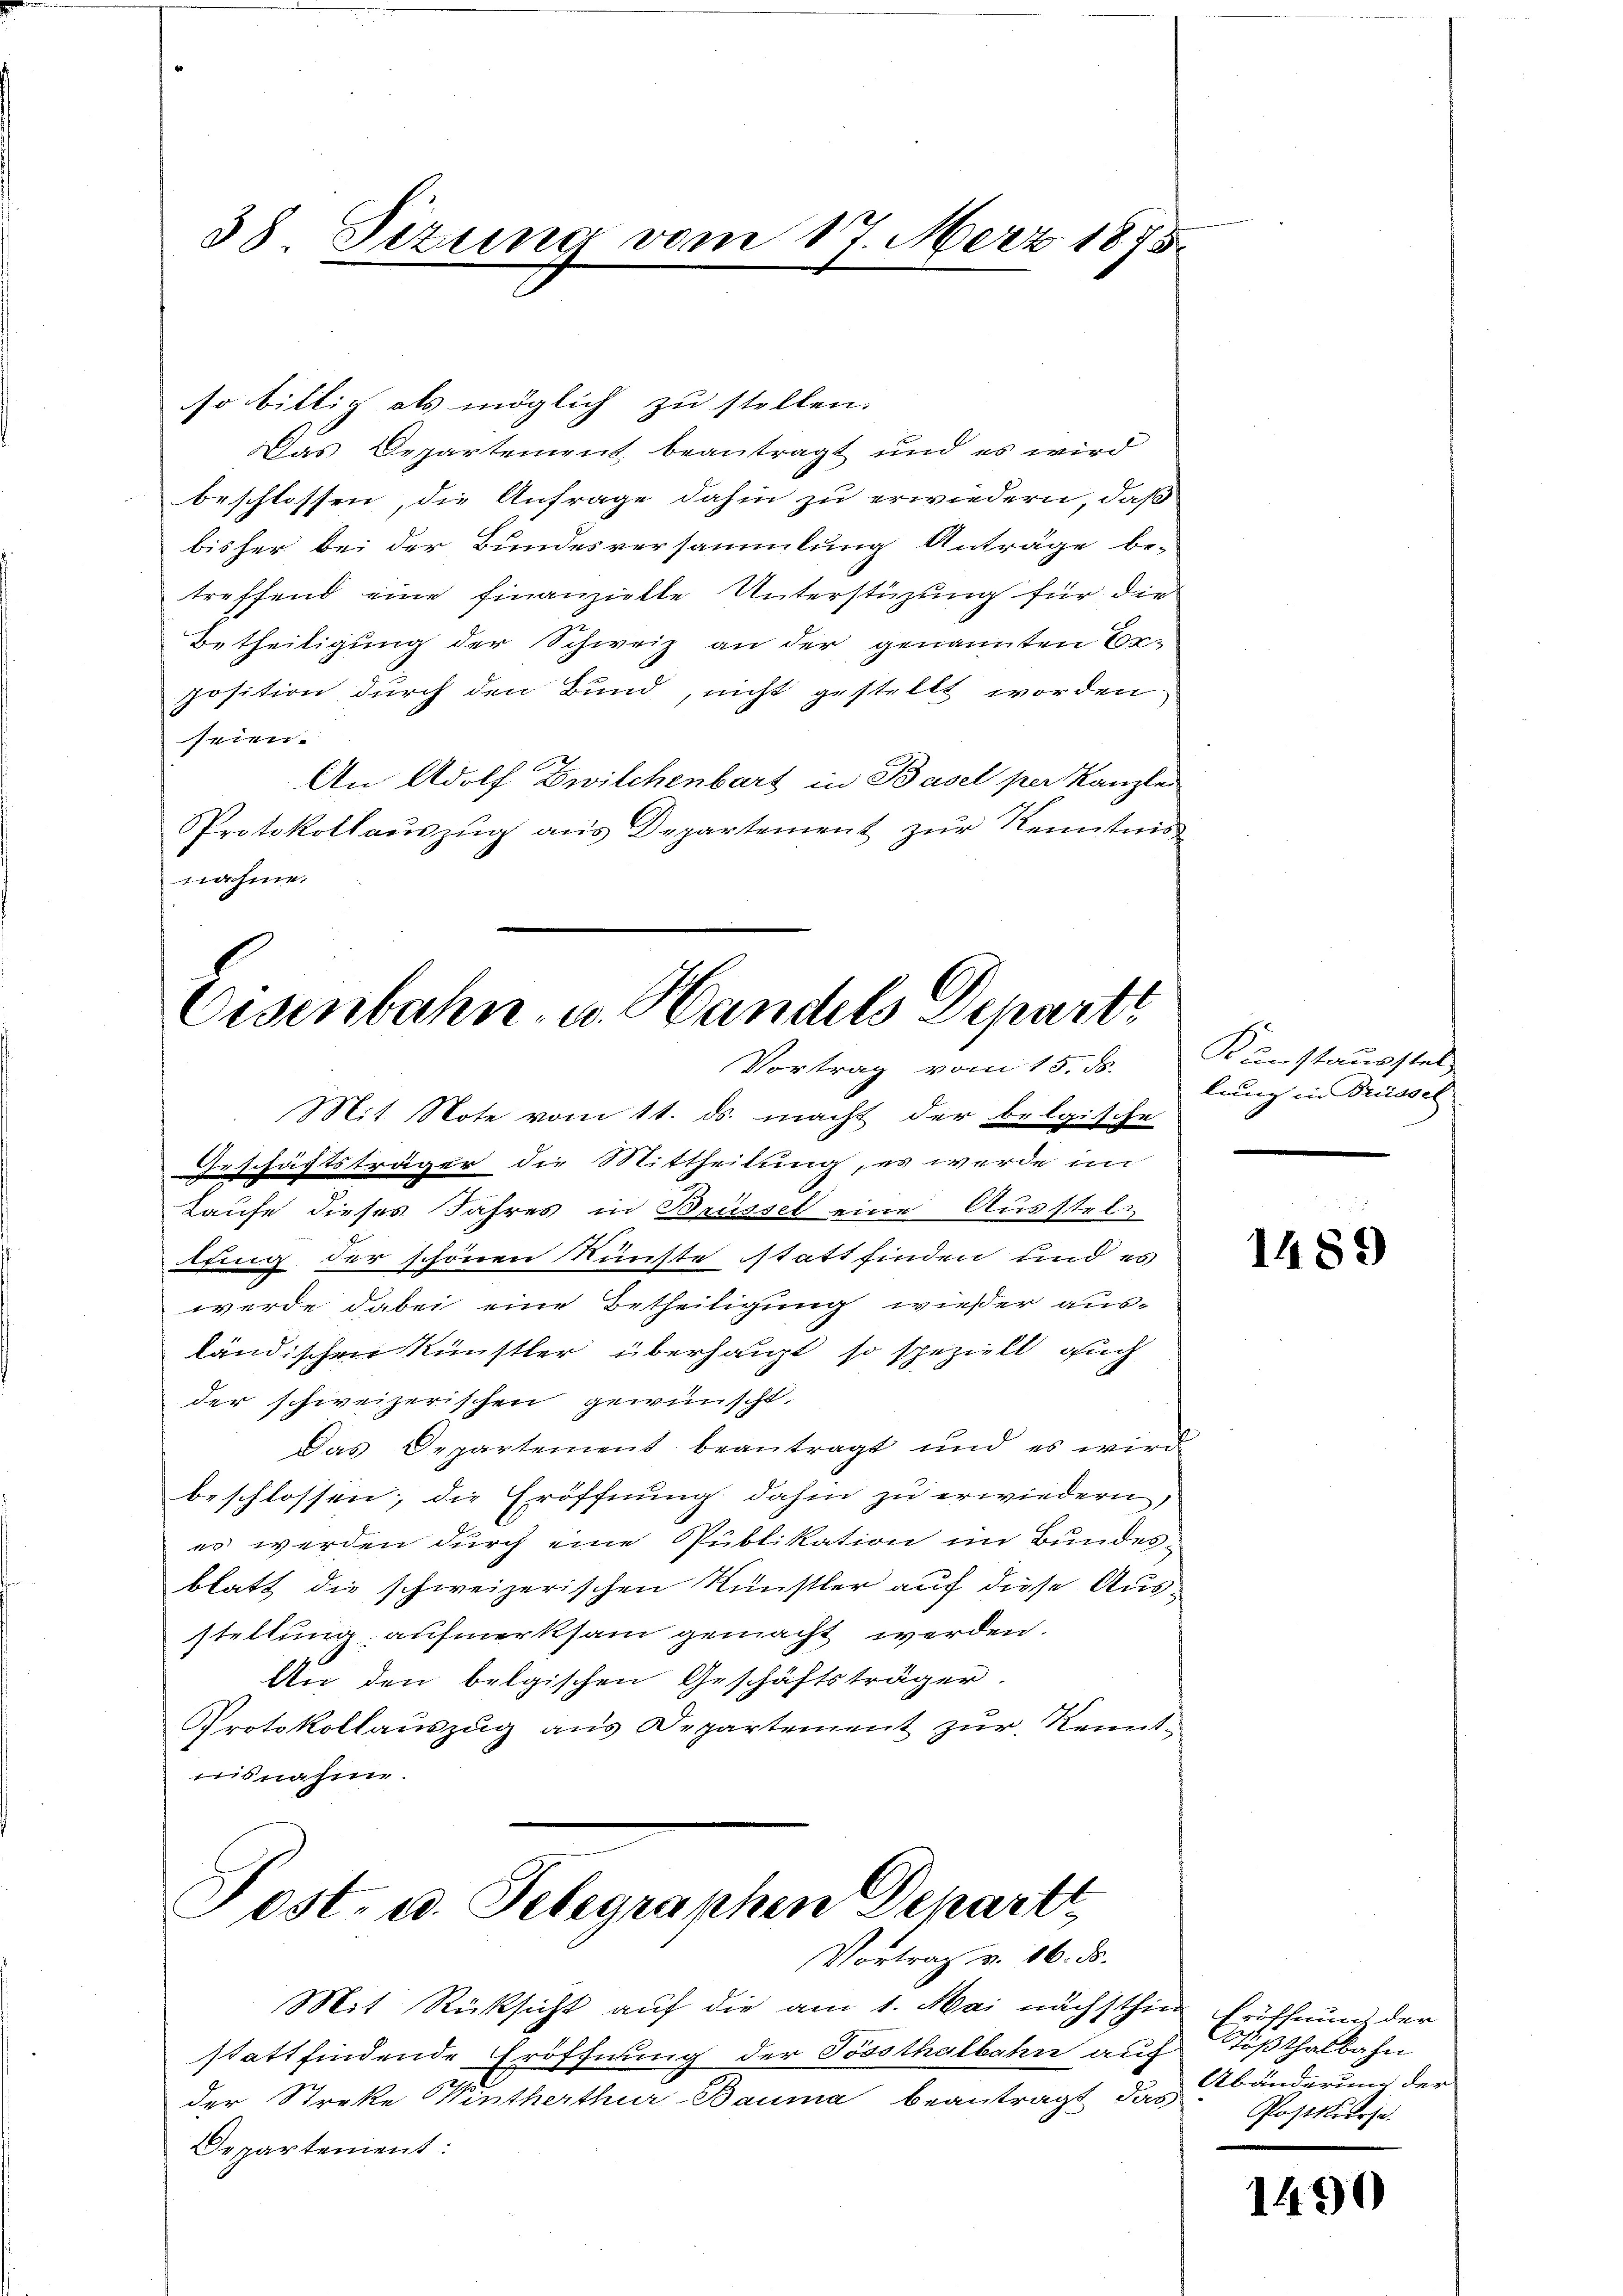
38 Sizung vom 17. März 1875.

so bittig als möglich zu stellen.
Das Departement beantragt und es wird
beschlossen, die Anfrage dahin zu erwiedern, daß
bisher bei der Bundesversammlung Anträge be-
treffend eine finanzielle Unterstüzung für die
Betheiligung der Schweiz an der genannten Vor-
position durch den Bund, nicht gestellt worden
seien.
An Adolf Zwilchenbart in Basel per Kanzlei
Protokollauszug aus Departement zur Kenntnis
nahme.

Eisenbahn- u. Handels Departi
Vortrag vom 15. ds. anstausstel-

Mit Note vom 11. ds. macht der belgische
Geschäftsträger die Mittheilung, es wurde im
Laufe dieses Jahres in Brüssel eine Ausstellfing der schönen Künste stattfinden und es
werde dabei eine Betheiligung wieser ausländischen Künstler überhaupt so speziell auch
der schweizerischen gewünscht.
Das Departement beantragt und es wird
beschlossen, die Eröffnung dahin zu erwiedern,
es werden durch eine Publikation im Bundesblatt die schweizerischen Künstler auf diese Ausstellung aufmerksam gemacht werden.
An den belgischen Geschäftsträger.
Protokollauszug aus Departement zur Kennt
isnahme.
Post. u. Telegraphen Depart

Vortrag v. 16. d.

Mit Rücksicht auf die am 1. Mai nächsthi
stattfindende Eröffnung der Toosthalbahn au
der Streke Winterthur Bauma beantragt, da
Departement:

lung in Brüssel

1489

in Eröffnung der
Süßthalbahn
Abänderung der
 Postkurse.

1490